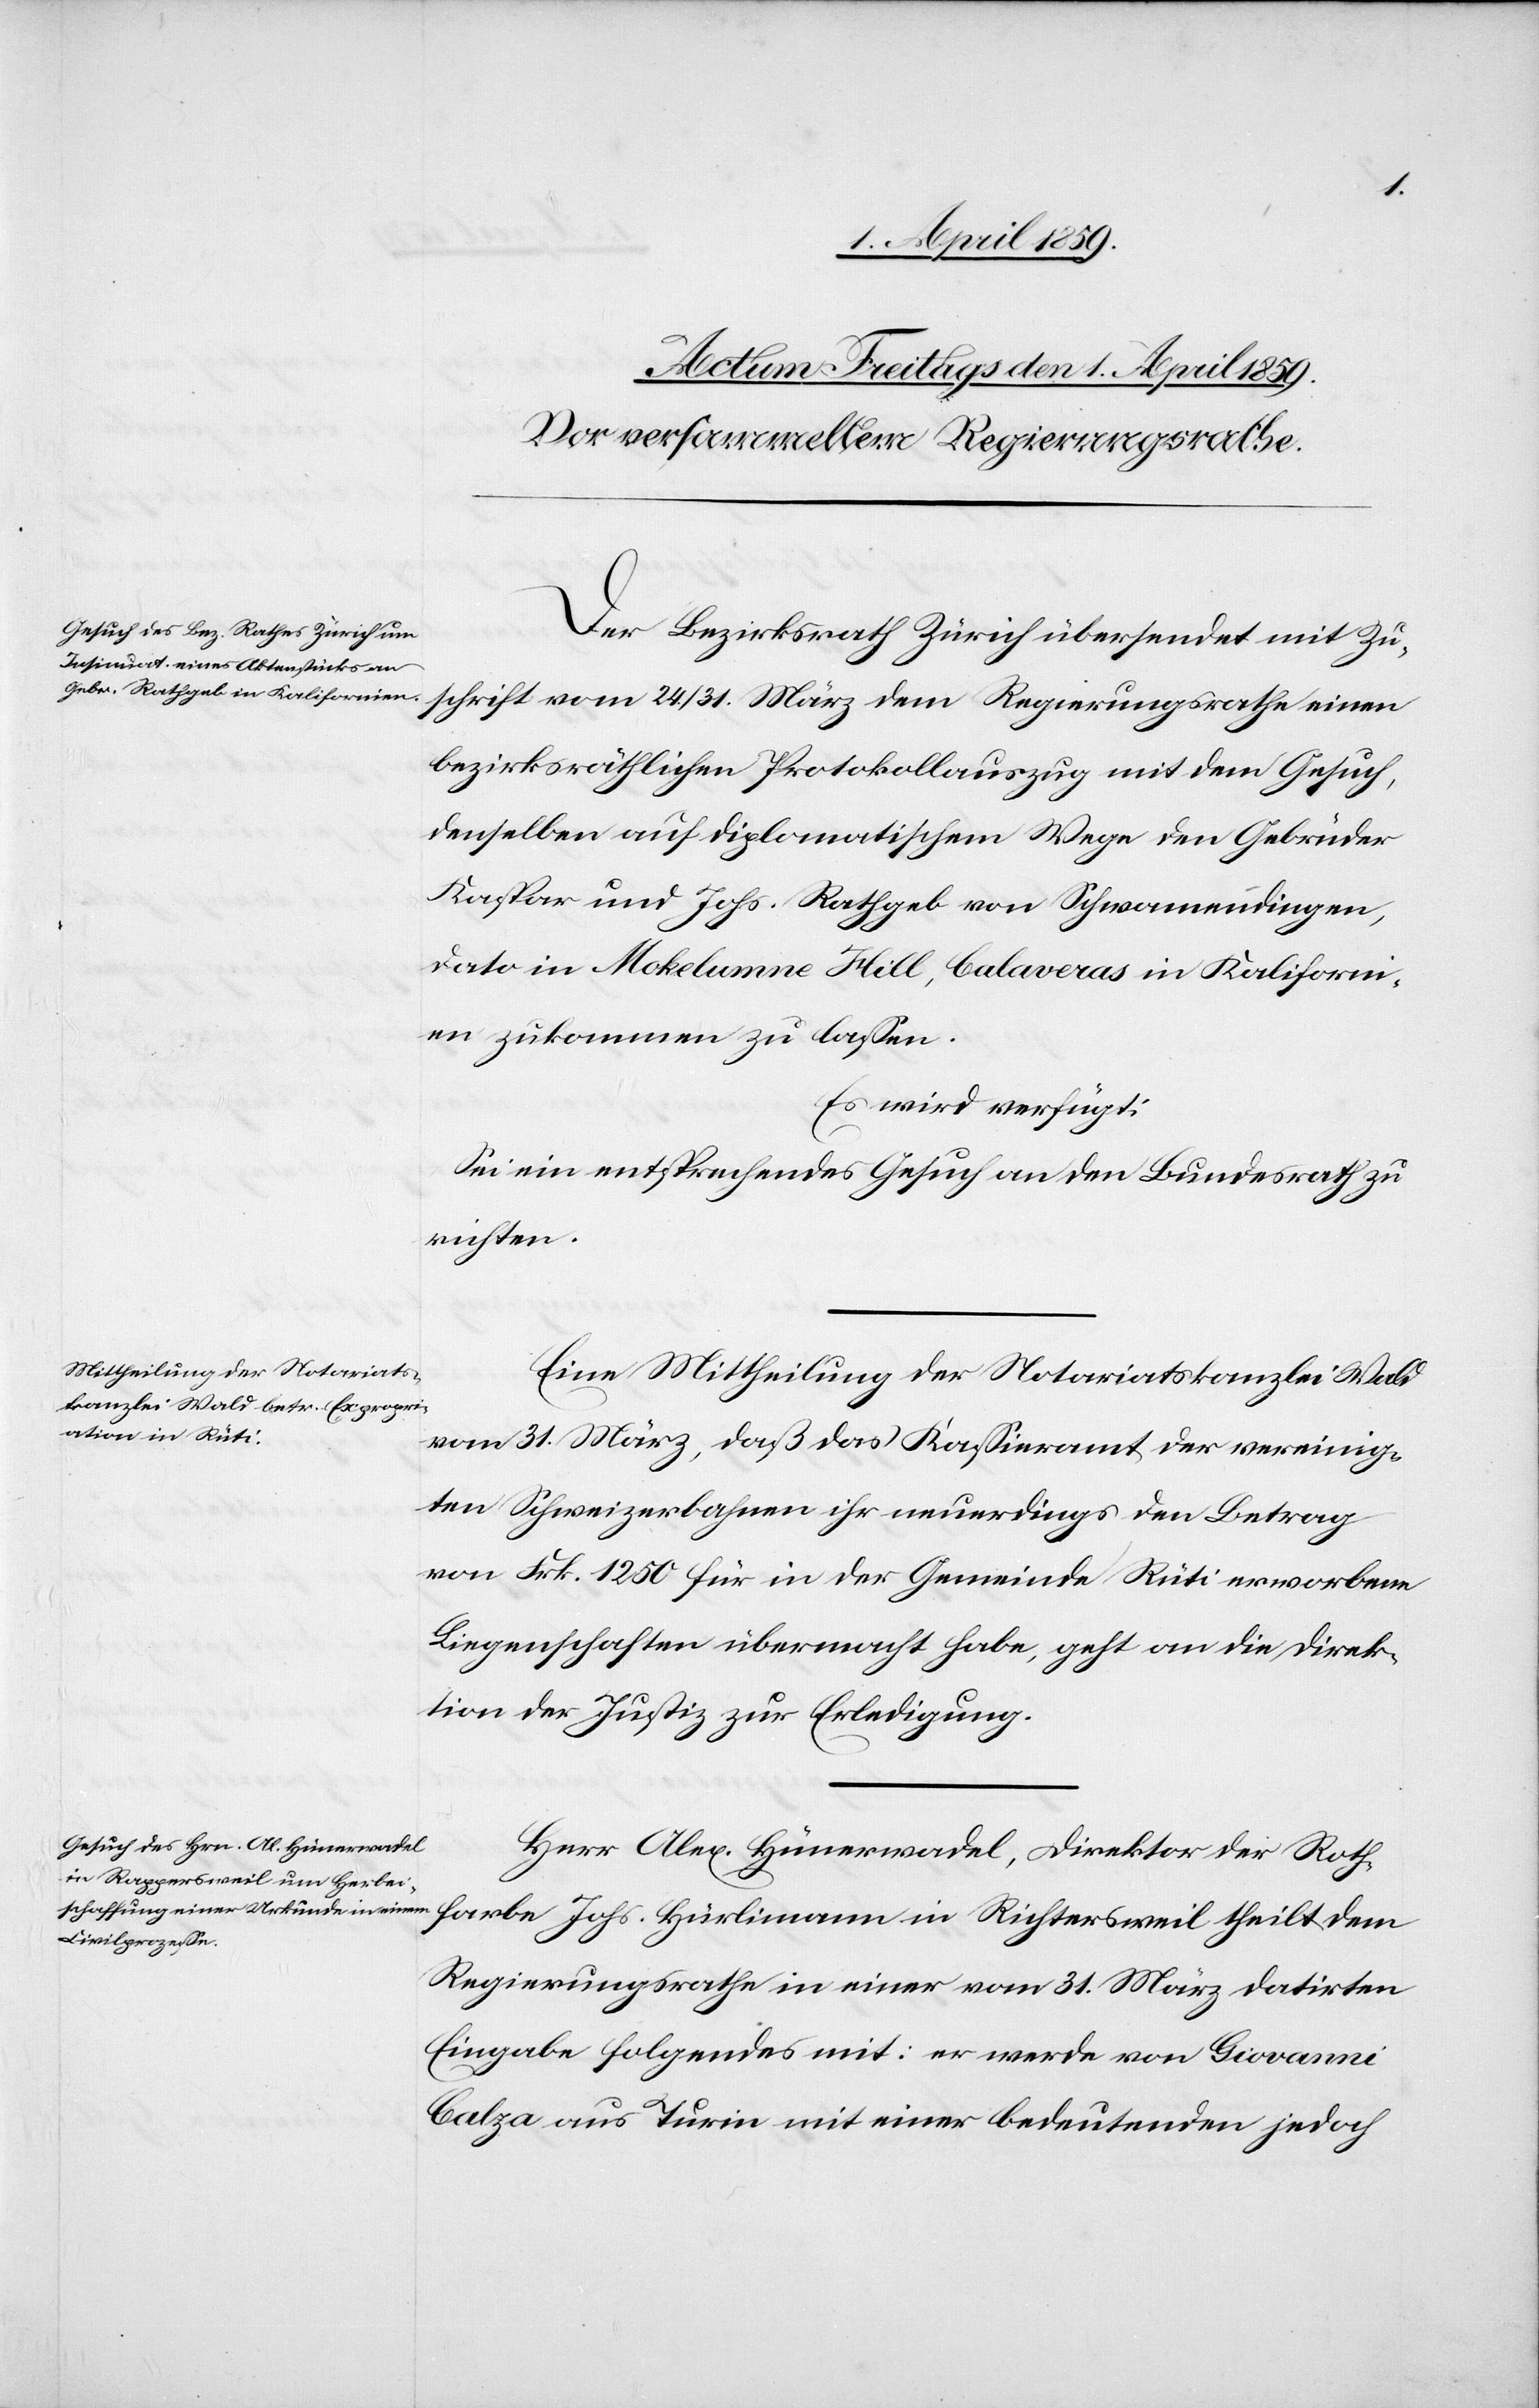
Der Bezirksrath Zürich übersendet mit Zu¬
schrift vom 24./31. März dem Regierungsrathe einen
bezirksräthlichen Protokollauszug mit dem Gesuch,
denselben auf diplomatischem Wege den Gebrüder
Kaspar und Johs. Rathgeb von Schwamendingen,
dato in Mokelumne Hill, Calaveras in Kaliforni¬
en zukommen zu laßen.
Es wird verfügt:
Sei ein entsprechendes Gesuch an den Bundesrath zu
richten.
Eine Mittheilung der Notariatskanzlei Wald
vom 31. März, daß das Kaßieramt der vereinig¬
ten Schweizerbahnen ihr neuerdings den Betrag
von Frk. 1250 für in der Gemeinde Rüti erworbene
Liegenschaften übermacht habe, geht an die Direk¬
tion der Justiz zur Erledigung.
Herr Alex. Hünerwadel, Direktion der Rothf¬
Regierungsrathe in einer vom 31. März datirten
Eingabe folgendes mit: er werde von Giovanni
Calza aus Turin mit einer bedeutenden jedoch

arbe